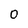
Character: O